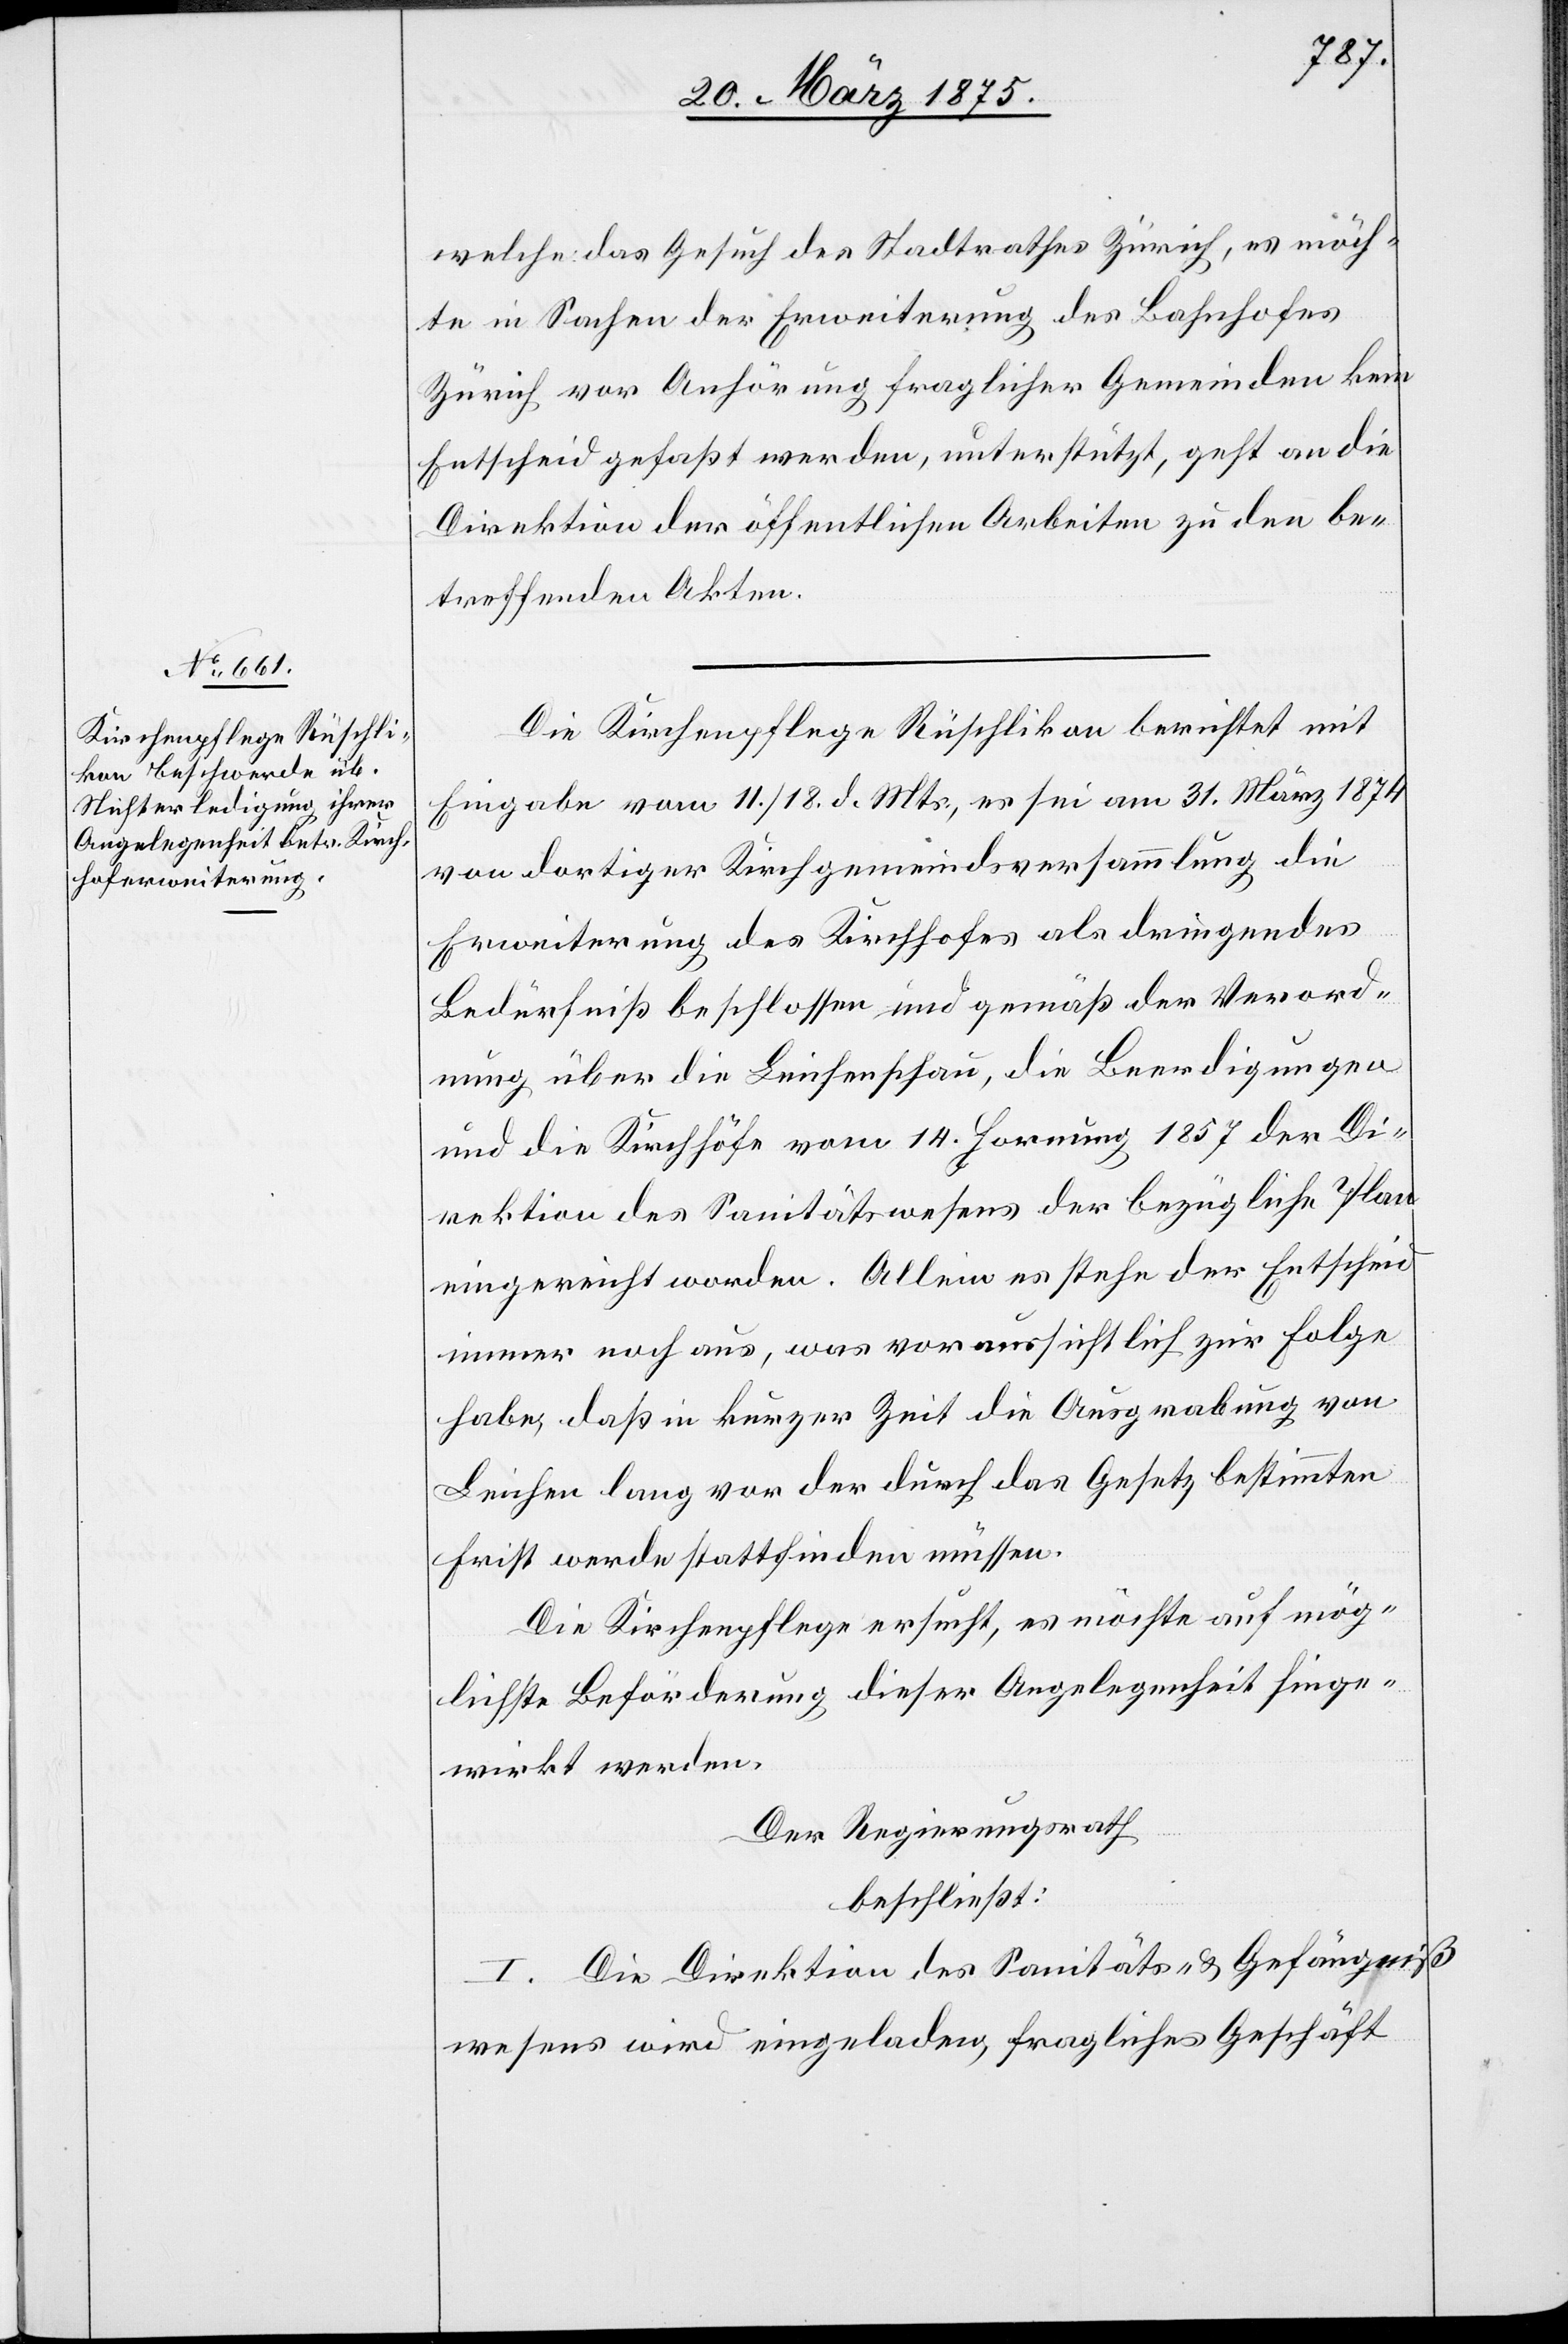
welche das Gesuch des Stadtrathes Zürich, es möch¬
te in Sachen der Erweiterung des Bahnhofes
Zürich vor Anhörung fraglicher Gemeinden kein
Entscheid gefaßt werden, unterstützt, geht an die
Direktion der öffentlichen Arbeiten zu den be¬
troffenen Akten.
Die Kirchenpflege Rüschlikon berichtet mit
Eingabe vom 11./18. d. Mts., es sei am 31. März 1874
von dortiger Kirchgemeindeversammlung die
Erweiterung des Kirchhofes als dringendes
Bedürfniß beschlossen und gemäß der Verord¬
nung über die Leichenschau, die Beerdigungen
und die Kirchhöfe vom 14. Hornung 1857 der Di¬
rektion des Sanitätswesens der bezügliche Plan
eingereicht worden. Allein es stehe der Entscheid
immer noch aus, was voraussichtlich zu Folge
habe, daß in kurzer Zeit die Ausgrabung von
Leichen lang vor der durch das Gesetz bestimmten
Frist werde stattfinden müssen.
Die Kirchenpflege ersucht, es möchte auf mög¬
lichste Beförderung dieser Angelegenheit hinge¬
wirkt werden.
Der Regierungsrath,
beschließt:
I. Die Direktion des Sanitäts- & Gefängniß¬
wesens wird eingeladen, fragliches Geschäft